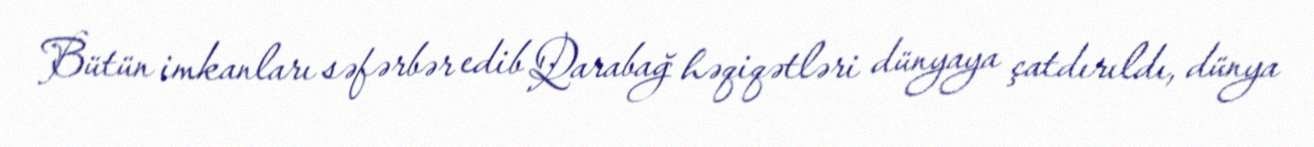
Bütün imkanları səfərbər edib Qarabağ həqiqətləri dünyaya çatdırıldı, dünya